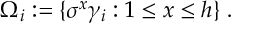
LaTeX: \Omega _ { i } : = \{ \sigma ^ { x } \gamma _ { i } : 1 \leq x \leq h \} \; .